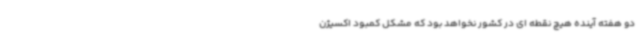
دو هفته آینده هیچ نقطه ای در کشور نخواهد بود که مشکل کمبود اکسیژن